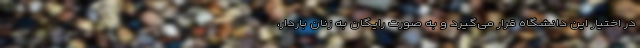
در اختیار این دانشگاه قرار می‌گیرد و به صورت رایگان به زنان باردار،